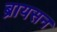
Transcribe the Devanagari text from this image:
ब्रायसन